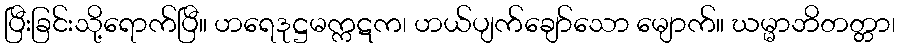
ပြီးခြင်းသို့ရောက်ပြီ။ ဟရေဒုဋ္ဌမက္ကဋက၊ ဟယ်ပျက်ချော်သော မျောက်။ ဃမ္မာဘိတတ္တာ၊